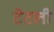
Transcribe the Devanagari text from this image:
टेटली